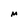
Character: M